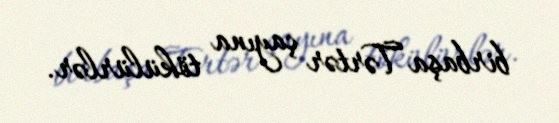
birbaşa Tərtər çayına tökülürlər.